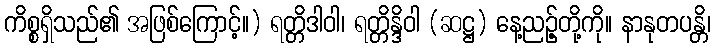
ကိစ္စရှိသည်၏ အဖြစ်ကြောင့်။) ရတ္တိဒါဝါ၊ ရတ္တိန္ဒိဝါ (ဆဋ္ဌ) နေ့ညဉ့်တို့ကို။ နာနုတပန္တိ၊